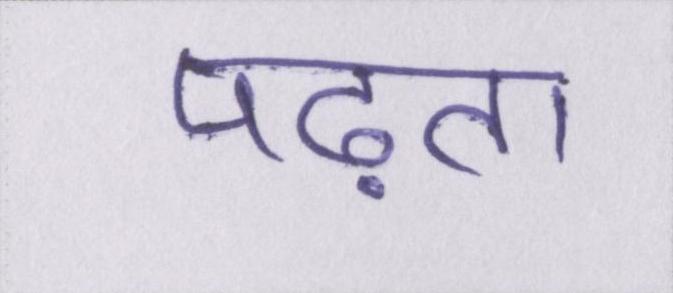
पढ़ता